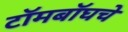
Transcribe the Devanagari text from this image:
टॉमबॉघचे